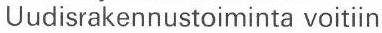
Uudisrakennustoiminta voitiin